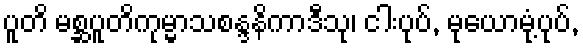
ပူတိ မစ္ဆပူတိကုမ္မာသစန္ဒနိကာဒီသု၊ ငါးပုပ်, မုယောမုံ့ပုပ်,